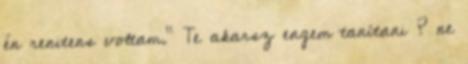
én renitens voltam." Te akarsz engem tanítani ? ne